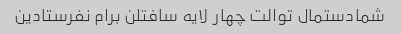
شمادستمال توالت چهار لایه سافتلن برام نفرستادین